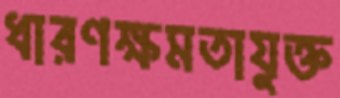
ধারণক্ষমতাযুক্ত